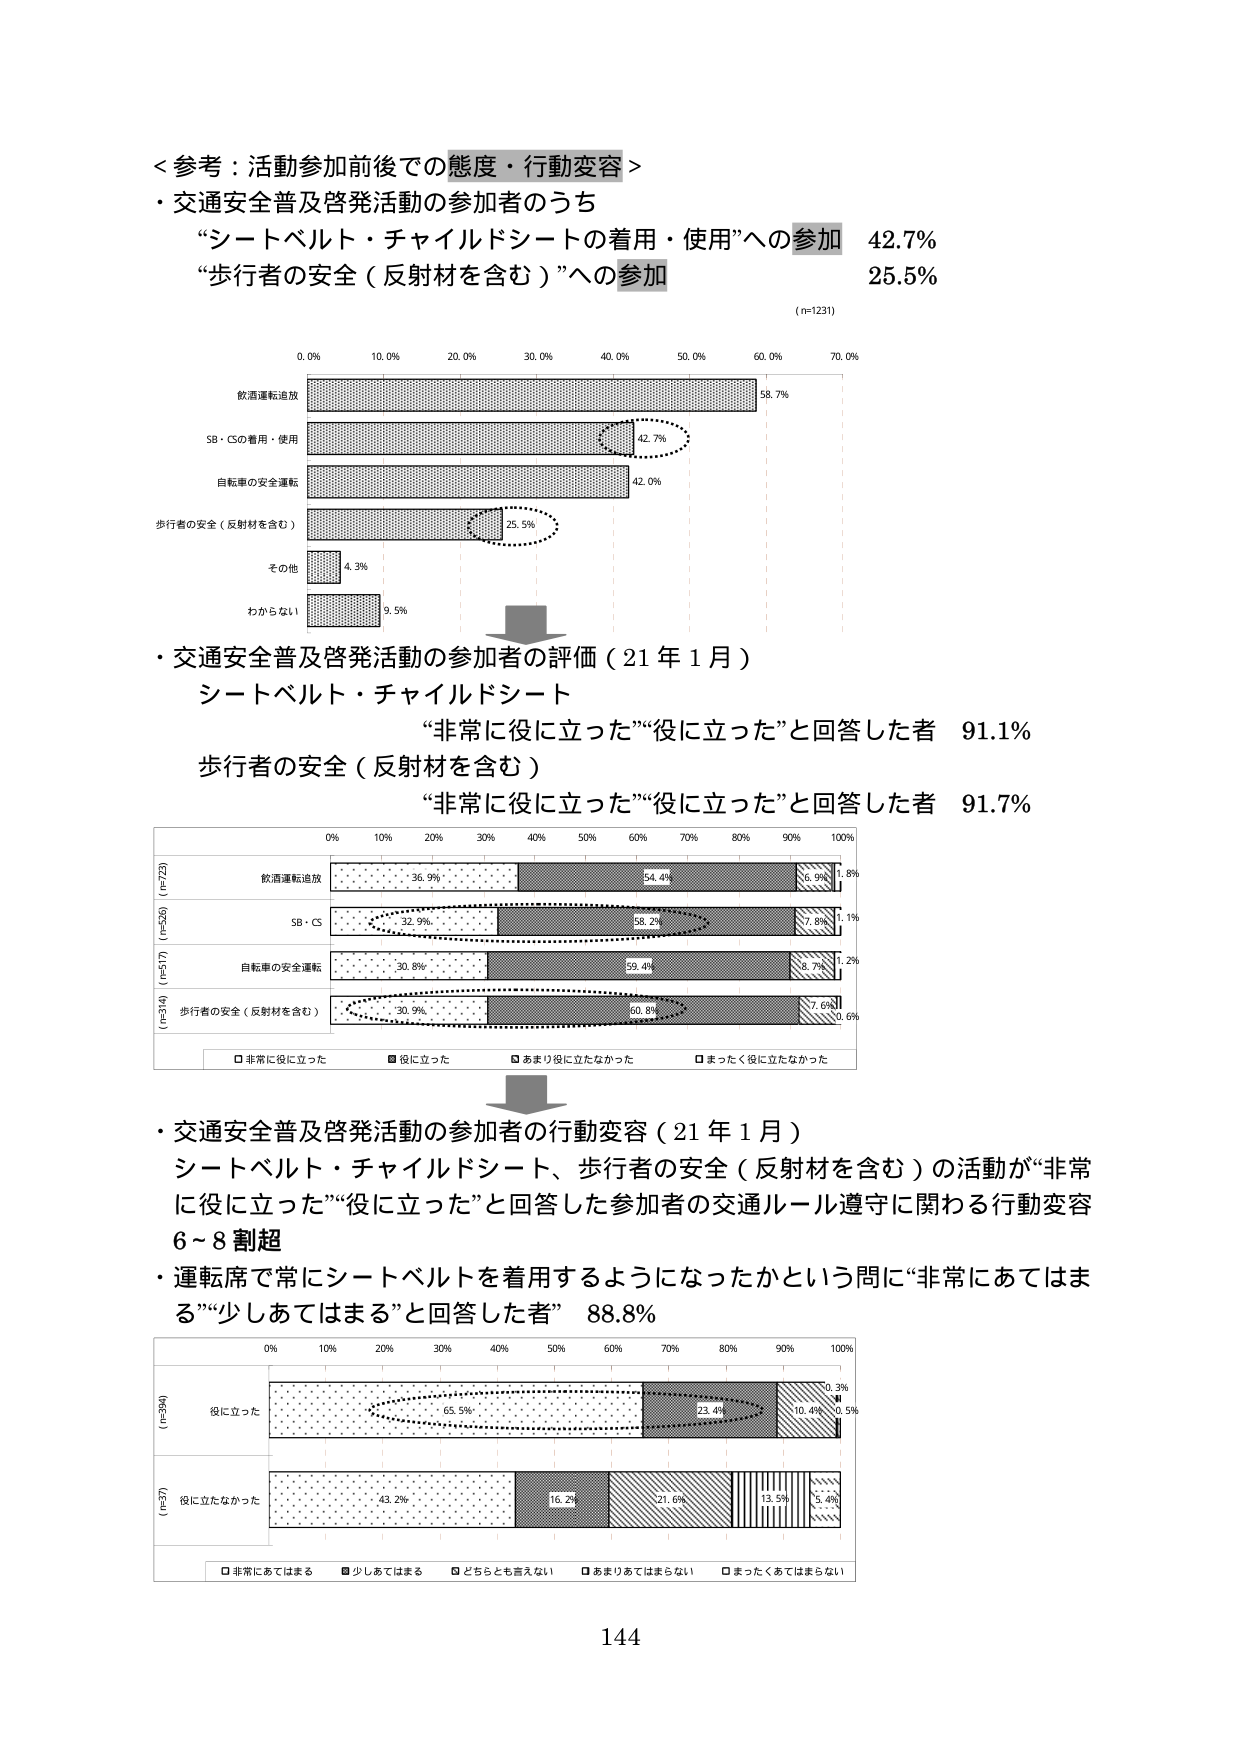
＜参考：活動参加前後での態度・行動変容＞
・交通安全普及啓発活動の参加者のうち
“シートベルト・チャイルドシートの着用・使用”への参加 42.7%
“歩行者の安全（反射材を含む）”への参加 25.5%
(n=1231)
0.0% 10.0% 20.0% 30.0% 40.0% 50.0% 60.0% 70.0%
飲酒運転追放 58.7%
SB・CSの着用・使用 42.7%
自転車の安全運転 42.0%
歩行者の安全（反射材を含む） 25.5%
その他 4.3%
わからない 9.5%
・交通安全普及啓発活動の参加者の評価（21年1月）
シートベルト・チャイルドシート
“非常に役に立った”“役に立った”と回答した者 91.1%
歩行者の安全（反射材を含む）
“非常に役に立った”“役に立った”と回答した者 91.7%
0% 10% 20% 30% 40% 50% 60% 70% 80% 90% 100%
(n=314) (n=517) (n=526) (n=723)
飲酒運転追放 36.9% 54.4% 6.9% 1.8%
SB・CS 32.9% 58.2% 7.8% 1.1%
自転車の安全運転 30.8% 59.4% 8.7% 1.2%
歩行者の安全（反射材を含む） 30.9% 60.8% 7.6% 0.6%
□非常に役に立った ■役に立った □あまり役に立たなかった □まったく役に立たなかった
・交通安全普及啓発活動の参加者の行動変容（21年1月）
シートベルト・チャイルドシート、歩行者の安全（反射材を含む）の活動が“非常に役に立った”“役に立った”と回答した参加者の交通ルール遵守に関わる行動変容
6～8割超
・運転席で常にシートベルトを着用するようになったかという問に“非常にあるはまる”“少しあってはまる”と回答した者 88.8%
0% 10% 20% 30% 40% 50% 60% 70% 80% 90% 100%
(n=384)
役に立った 65.5% 23.4% 10.4% 0.5% 0.3%
(n=37)
役に立たなかった 43.2% 16.2% 21.6% 13.5% 5.4%
□非常にあってはまる ■少しあってはまる □どちらとも言えない □あまりあってはまらない □まったくあってはまらない
144